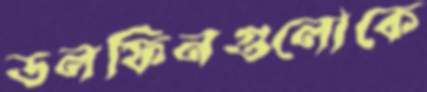
ডলফিনগুলোকে